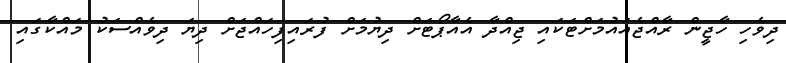
ދިވެހި ހާޖީން ރާއްޖެއައުމަށްޓަކައި ޖިއްދާ އެއާޕޯޓަށް ދިޔުމަށް ފުރައިފިހައްޖަށް ދިޔަ ދިވެއްސަކު މައްކާގައި